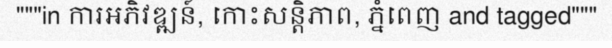
"""in ការអភិវឌ្ឍន៍, កោះសន្តិភាព, ភ្នំពេញ and tagged"""